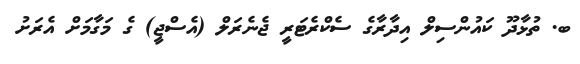
ބ. ތުޅާދޫ ކައުންސިލް އިދާރާގެ ސެކްރެޓަރީ ޖެނެރަލް (އެސްޖީ) ގެ މަގާމަށް އެރަށު